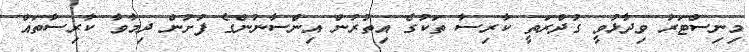
މިނިސްޓަރު ވިދާޅުވީ ގުދްރަތީ ކާރިސާ ތަކުގެ އިތުރުން އިންސާނުންގެ ފުށުން ދިމާވާ ކާރިސާތައް